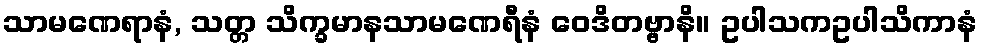
သာမဏေရာနံ, သတ္တ သိက္ခမာနသာမဏေရီနံ ဝေဒိတဗ္ဗာနိ။ ဥပါသကဥပါသိကာနံ